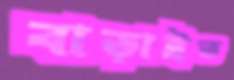
বাড়াইত